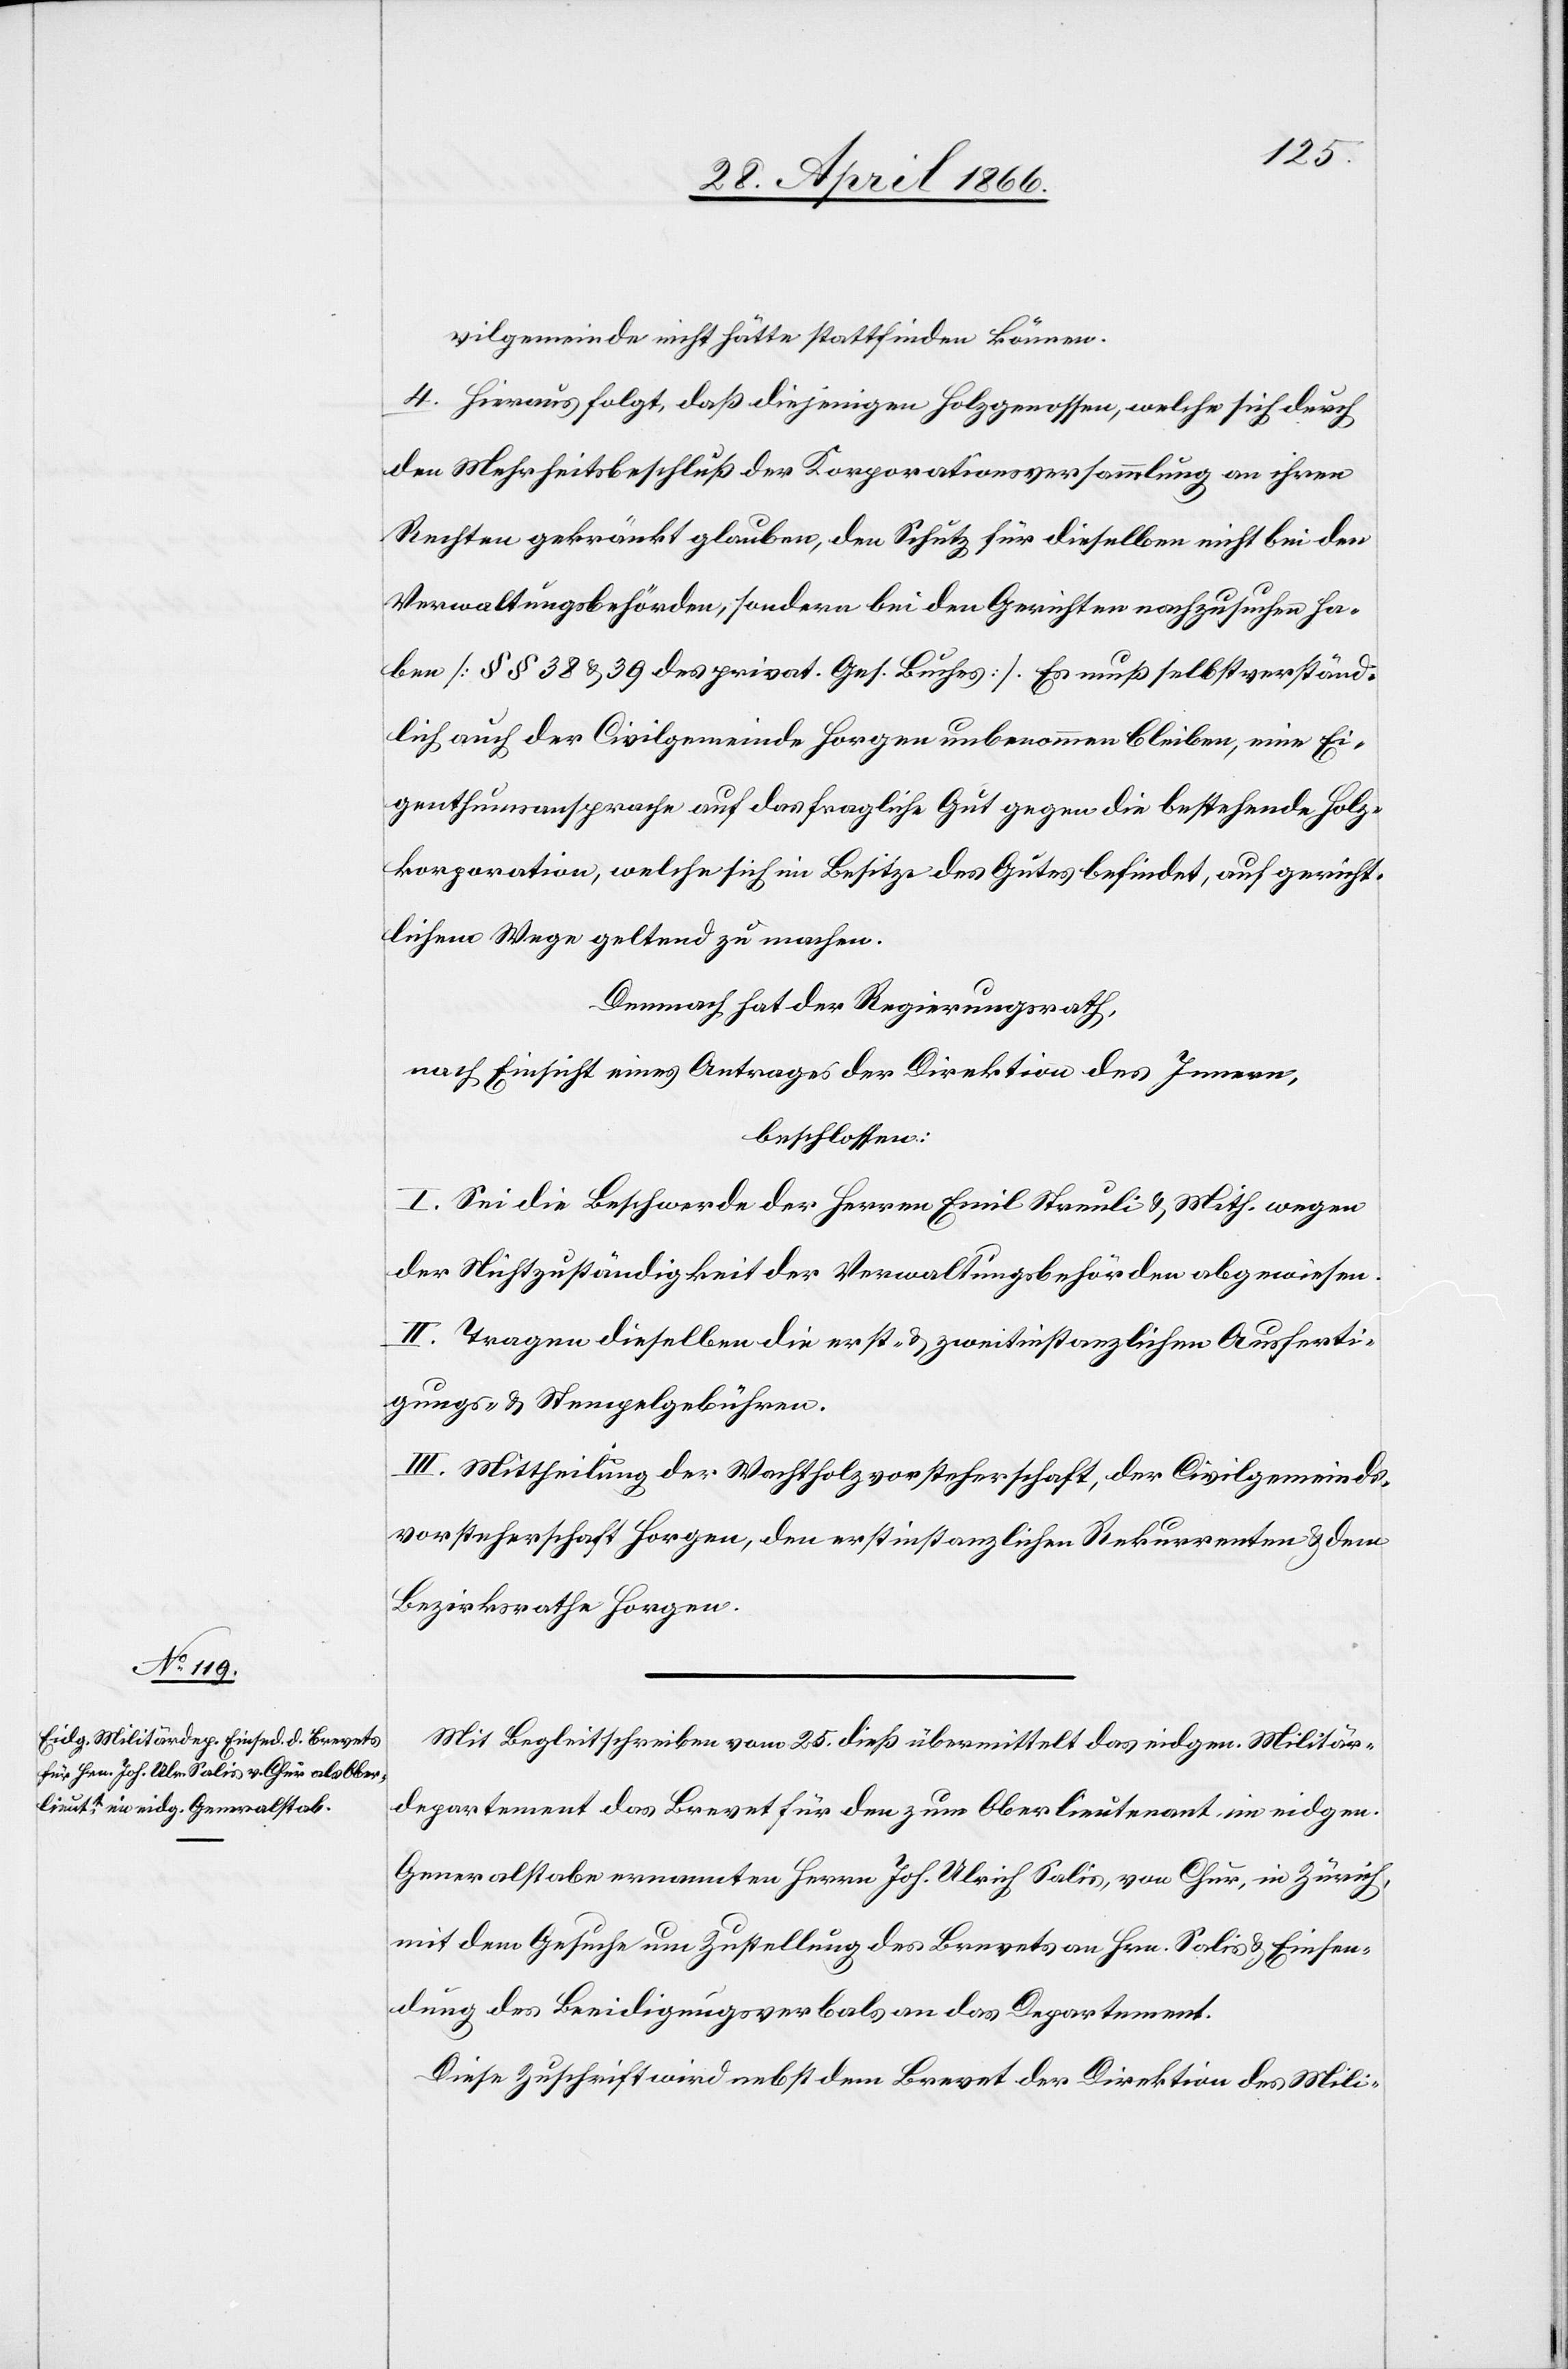
vilgemeinde nicht hätte stattfinden können.
4. Hieraus folgt, daß diejenigen Holzgenossen, welche sich durch
den Mehrheitsbeschluß der Korporationsversammlung an ihren
Rechten gekränkt glauben, den Schutz für dieselben nicht bei den
Verwaltungsbehörden, sondern bei den Gerichte nachzusuchen ha¬
ben [§ § 38 u. 39 des privat. Ges. Buches]. Es muß selbstverständ¬
lich auch der Civilgemeinde Horgen unbenommen bleiben, eine Ei¬
genthumsansprache auf das fragliche Gut gegen die bestehende Holz¬
korporation, welche sich im Besitze des Gutes befindet, auf gericht¬
lichem Wege geltend zu machen.
Demnach hat der Regierungsrath,
nach Einsicht eines Antrages der Direktion des Innern,
beschlossen:
I. Sei die Beschwerde der Herren Emil Streuli u. Mith. wegen
der Nichtzuständigkeit der Verwaltungsbehörden abgewiesen.
II. Tragen dieselben die erst- u. zweitinstanzlichen Ausferti¬
gungs- u. Stempelgebühren.
III. Mittheilung der Wachtholzvorsteherschaft, der Civilgemeinds¬
vorsteherschaft Horgen, den erstinstanzlichen Rekurrenten u. dem
Bezirksrathe Horgen.
Mit Begleitschreiben vom 25. dieß übermittelt das eidgen. Militär¬
departement das Brevet für den zum Oberlieutenant im eidgen.
Generalstabe ernannten Herrn Joh. Ulrich Salis, von Chur, in Zürich,
mit dem Gesuche um Zustellung des Brevets an Hrn. Salis u. Einsen¬
dung des Beeidigungsverbals an das Departement.
Diese Zuschrift wird nebst dem Brevet der Direktion des Mili-